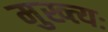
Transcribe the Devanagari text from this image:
मुख्त्यः